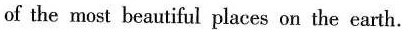
of the most beautiful places on the earth.